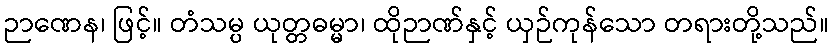
ဉာဏေန၊ ဖြင့်။ တံသမ္ပ ယုတ္တဓမ္မာ၊ ထိုဉာဏ်နှင့် ယှဉ်ကုန်သော တရားတို့သည်။